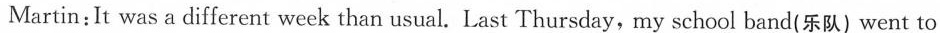
Martin：It was a different week than usual.Last Thursday，my school band(乐队)went to